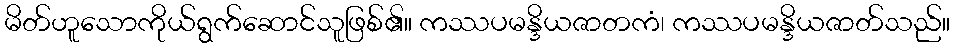
မိတ်ဟူသောကိုယ်ရွက်ဆောင်သူဖြစ်၏။ ကဿပမန္ဒိယဇာတကံ၊ ကဿပမန္ဒိယဇာတ်သည်။